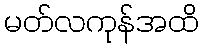
မတ်လကုန်အထိ